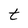
Character: t